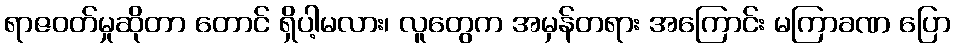
ရာဇဝတ်မှုဆိုတာ တောင် ရှိပါ့မလား၊ လူတွေက အမှန်တရား အကြောင်း မကြာခဏ ပြော